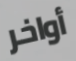
أواخر